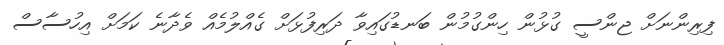
ފިރިންނަށް ޖންސީ ގުޅުން ހިންގުމުން ބަނޑުގައިވާ ދަރިފުޅަށް ގެއްލުމެއް ވެދާނެ ކަމަށް އިހުސާސް